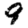
Digit: 9